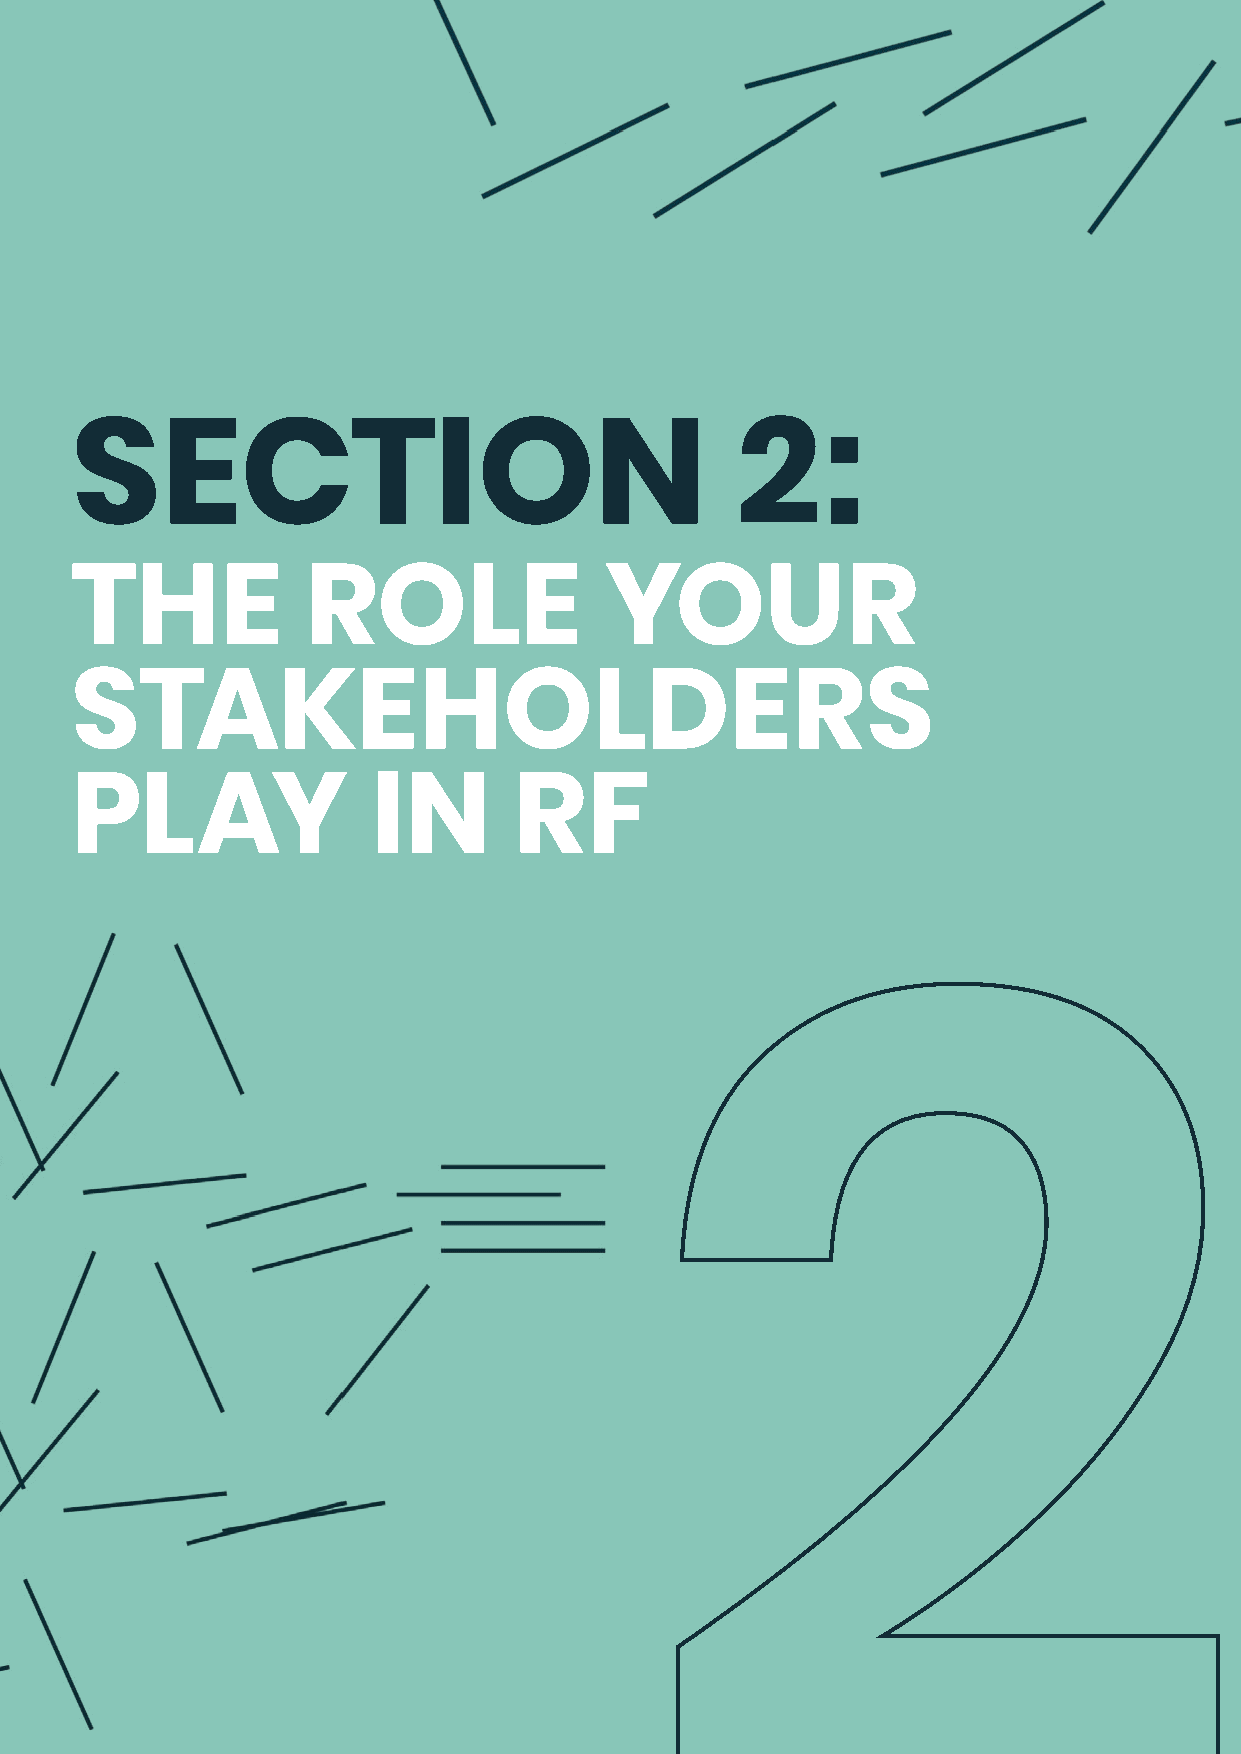
SECTION                                     2:
 THE            ROLE                YOUR
 STAKEHOLDERS
 PLAY                IN       RF
 2
 12